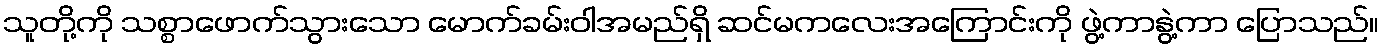
သူတို့ကို သစ္စာဖောက်သွားသော မောက်ခမ်းဝါအမည်ရှိ ဆင်မကလေးအကြောင်းကို ဖွဲ့ကာနွဲ့ကာ ပြောသည်။